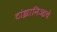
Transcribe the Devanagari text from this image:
टांझानिआचे